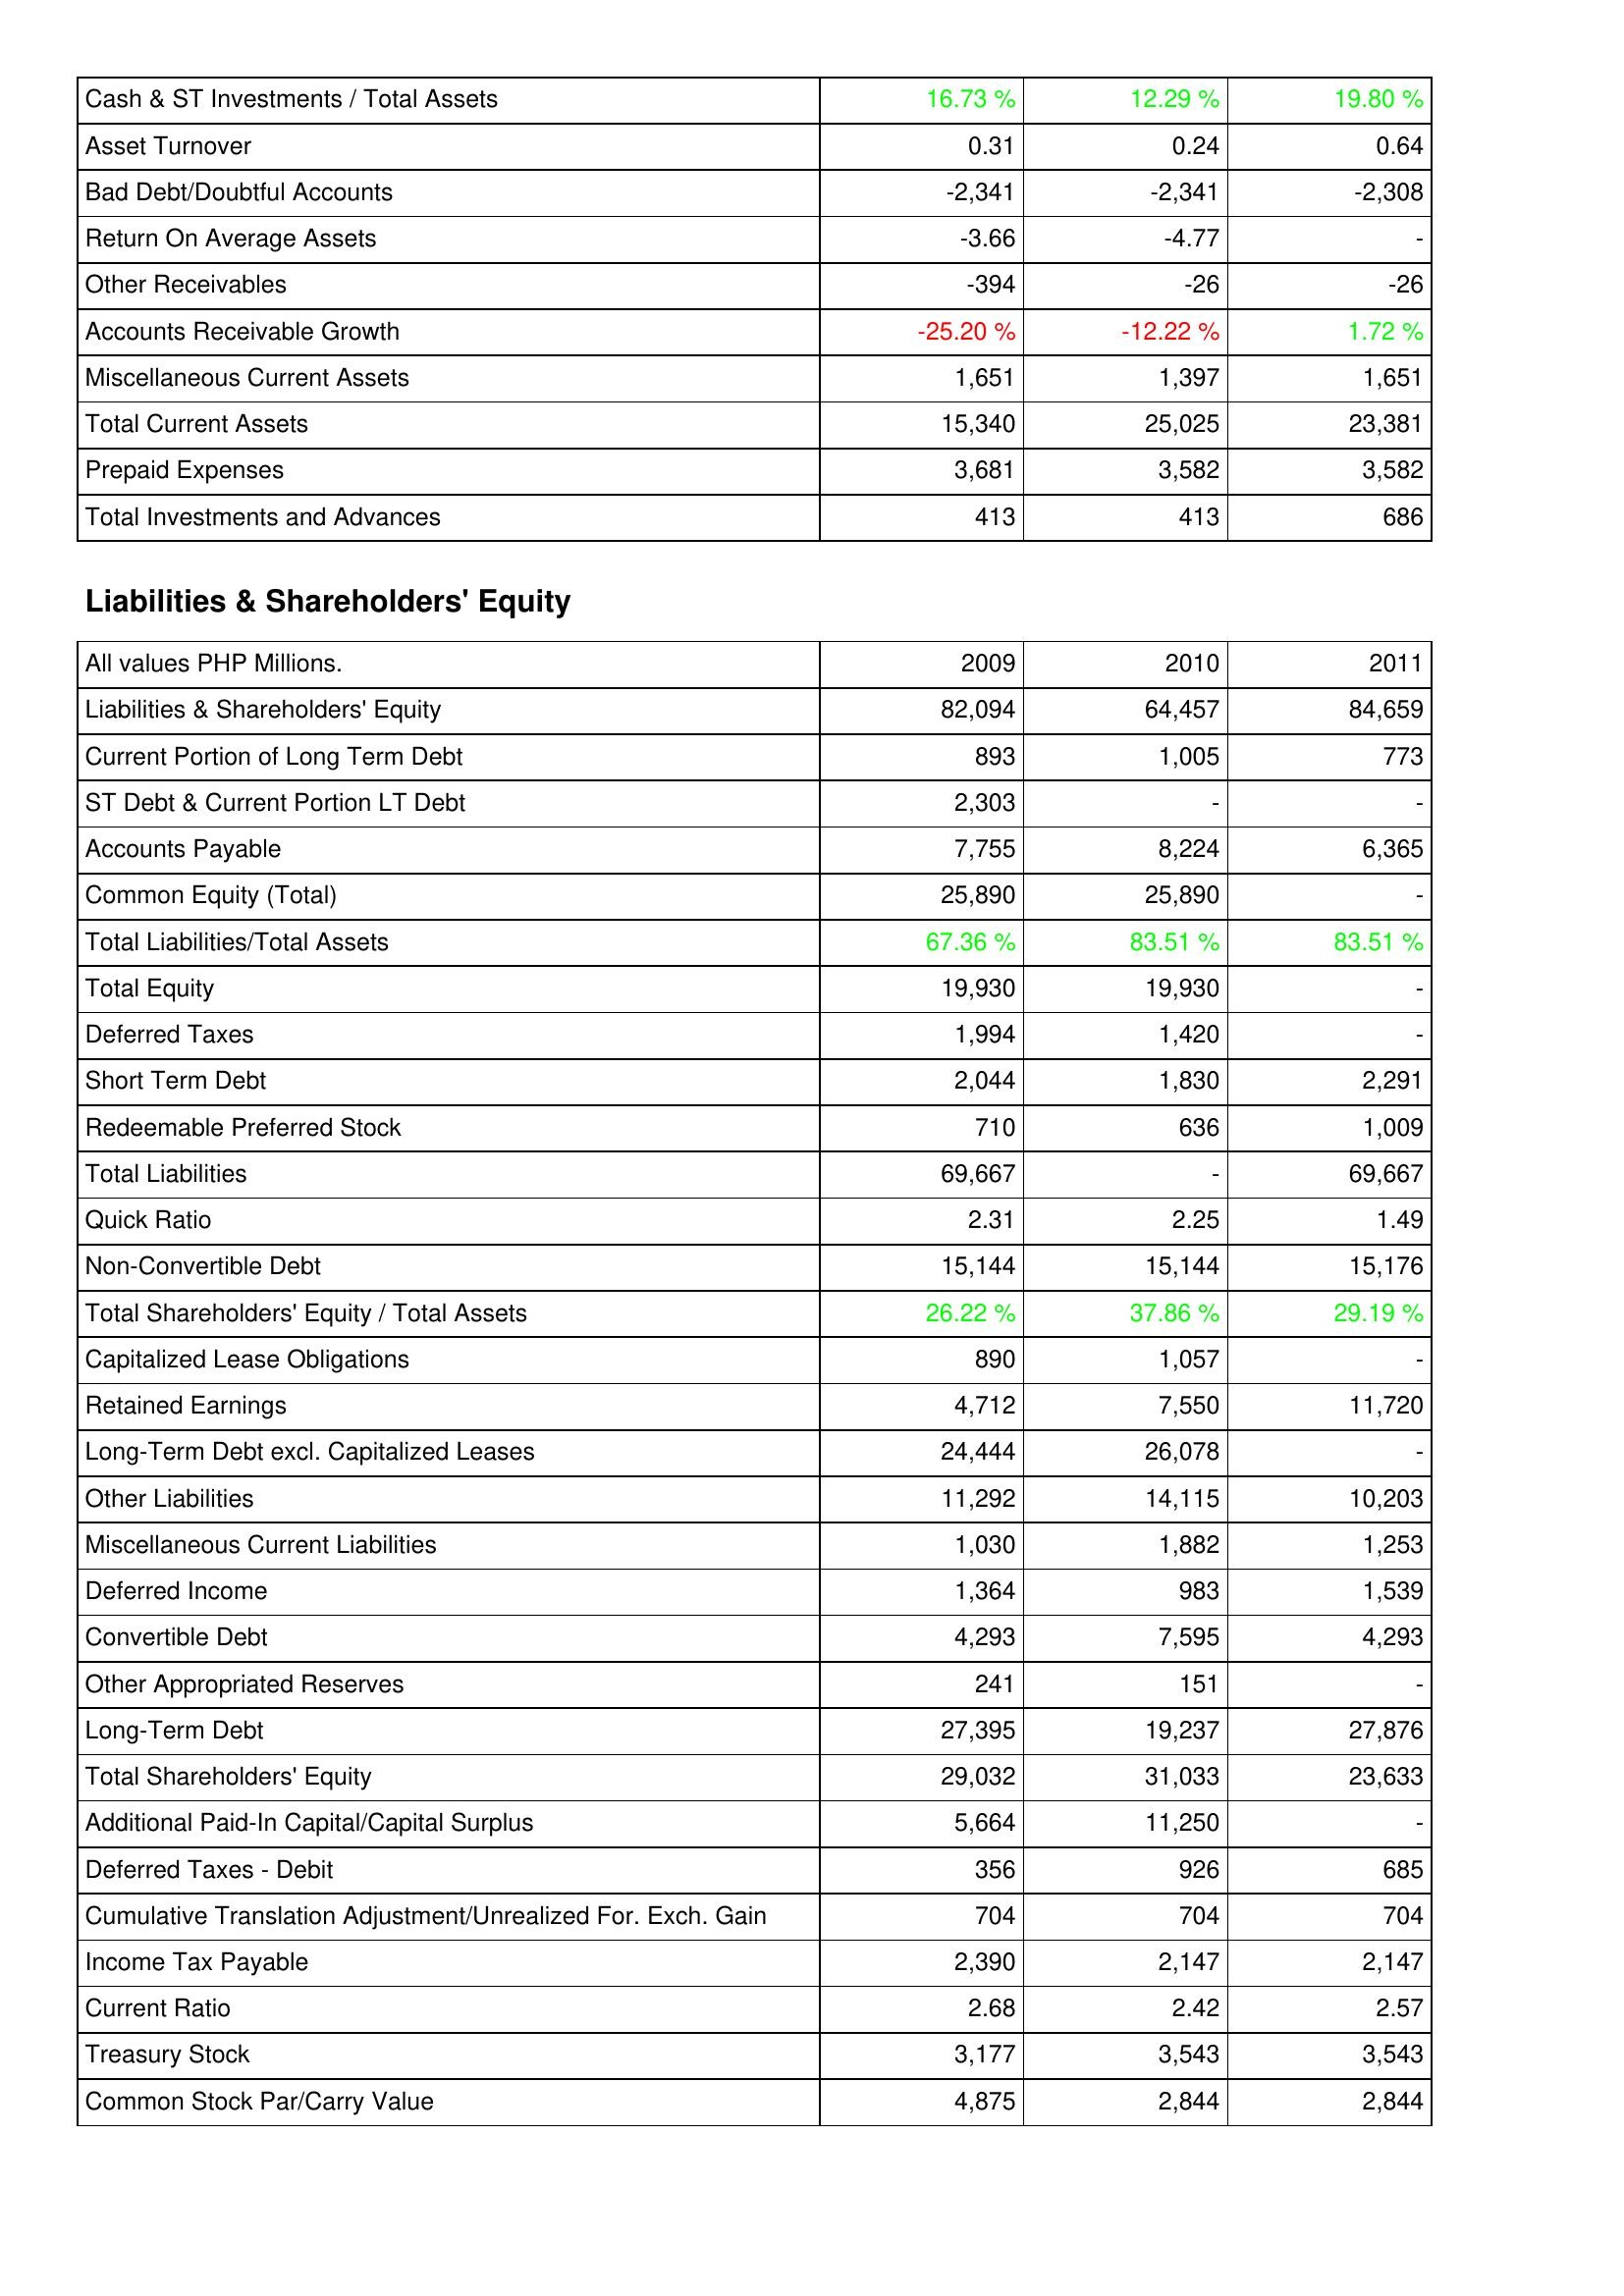
2009: Assets: Cash & ST Investments / Total Assets: 16.73 %
Asset Turnover: 0.31
Bad Debt/Doubtful Accounts: -2,341
Return On Average Assets: -3.66
Other Receivables: -394
Accounts Receivable Growth: -25.20 %
Miscellaneous Current Assets: 1,651
Total Current Assets: 15,340
Prepaid Expenses: 3,681
Total Investments and Advances: 413
Liabilities & Shareholders' Equity: Liabilities & Shareholders' Equity: 82,094
Current Portion of Long Term Debt: 893
ST Debt & Current Portion LT Debt: 2,303
Accounts Payable: 7,755
Common Equity (Total): 25,890
Total Liabilities/Total Assets: 67.36 %
Total Equity: 19,930
Deferred Taxes: 1,994
Short Term Debt: 2,044
Redeemable Preferred Stock: 710
Total Liabilities: 69,667
Quick Ratio: 2.31
Non-Convertible Debt: 15,144
Total Shareholders' Equity / Total Assets: 26.22 %
Capitalized Lease Obligations: 890
Retained Earnings: 4,712
Long-Term Debt excl. Capitalized Leases: 24,444
Other Liabilities: 11,292
Miscellaneous Current Liabilities: 1,030
Deferred Income: 1,364
Convertible Debt: 4,293
Other Appropriated Reserves: 241
Long-Term Debt: 27,395
Total Shareholders' Equity: 29,032
Additional Paid-In Capital/Capital Surplus: 5,664
Deferred Taxes - Debit: 356
Cumulative Translation Adjustment/Unrealized For. Exch. Gain: 704
Income Tax Payable: 2,390
Current Ratio: 2.68
Treasury Stock: 3,177
Common Stock Par/Carry Value: 4,875
2010: Assets: Cash & ST Investments / Total Assets: 12.29 %
Asset Turnover: 0.24
Bad Debt/Doubtful Accounts: -2,341
Return On Average Assets: -4.77
Other Receivables: -26
Accounts Receivable Growth: -12.22 %
Miscellaneous Current Assets: 1,397
Total Current Assets: 25,025
Prepaid Expenses: 3,582
Total Investments and Advances: 413
Liabilities & Shareholders' Equity: Liabilities & Shareholders' Equity: 64,457
Current Portion of Long Term Debt: 1,005
ST Debt & Current Portion LT Debt: -
Accounts Payable: 8,224
Common Equity (Total): 25,890
Total Liabilities/Total Assets: 83.51 %
Total Equity: 19,930
Deferred Taxes: 1,420
Short Term Debt: 1,830
Redeemable Preferred Stock: 636
Total Liabilities: -
Quick Ratio: 2.25
Non-Convertible Debt: 15,144
Total Shareholders' Equity / Total Assets: 37.86 %
Capitalized Lease Obligations: 1,057
Retained Earnings: 7,550
Long-Term Debt excl. Capitalized Leases: 26,078
Other Liabilities: 14,115
Miscellaneous Current Liabilities: 1,882
Deferred Income: 983
Convertible Debt: 7,595
Other Appropriated Reserves: 151
Long-Term Debt: 19,237
Total Shareholders' Equity: 31,033
Additional Paid-In Capital/Capital Surplus: 11,250
Deferred Taxes - Debit: 926
Cumulative Translation Adjustment/Unrealized For. Exch. Gain: 704
Income Tax Payable: 2,147
Current Ratio: 2.42
Treasury Stock: 3,543
Common Stock Par/Carry Value: 2,844
2011: Assets: Cash & ST Investments / Total Assets: 19.80 %
Asset Turnover: 0.64
Bad Debt/Doubtful Accounts: -2,308
Return On Average Assets: -
Other Receivables: -26
Accounts Receivable Growth: 1.72 %
Miscellaneous Current Assets: 1,651
Total Current Assets: 23,381
Prepaid Expenses: 3,582
Total Investments and Advances: 686
Liabilities & Shareholders' Equity: Liabilities & Shareholders' Equity: 84,659
Current Portion of Long Term Debt: 773
ST Debt & Current Portion LT Debt: -
Accounts Payable: 6,365
Common Equity (Total): -
Total Liabilities/Total Assets: 83.51 %
Total Equity: -
Deferred Taxes: -
Short Term Debt: 2,291
Redeemable Preferred Stock: 1,009
Total Liabilities: 69,667
Quick Ratio: 1.49
Non-Convertible Debt: 15,176
Total Shareholders' Equity / Total Assets: 29.19 %
Capitalized Lease Obligations: -
Retained Earnings: 11,720
Long-Term Debt excl. Capitalized Leases: -
Other Liabilities: 10,203
Miscellaneous Current Liabilities: 1,253
Deferred Income: 1,539
Convertible Debt: 4,293
Other Appropriated Reserves: -
Long-Term Debt: 27,876
Total Shareholders' Equity: 23,633
Additional Paid-In Capital/Capital Surplus: -
Deferred Taxes - Debit: 685
Cumulative Translation Adjustment/Unrealized For. Exch. Gain: 704
Income Tax Payable: 2,147
Current Ratio: 2.57
Treasury Stock: 3,543
Common Stock Par/Carry Value: 2,844